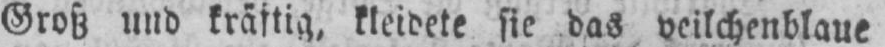
kleidete sie das veilchenblaue